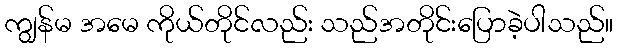
ကျွန်မ အမေ ကိုယ်တိုင်လည်း သည်အတိုင်းပြောခဲ့ပါသည်။